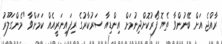
ރާއްޖެ އަށް ބޭނުންވާ ތެޔޮ ފޯރުކޮށްދިނުމަށް އިންޑިއާ ސަރުކާރުގެ ރިފައިނަރީއެއް ކަމަށްވާ "މެންގަލޫރު